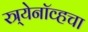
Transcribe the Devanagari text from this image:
स्त्र्येनॉव्हचा